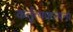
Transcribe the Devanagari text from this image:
कर्तृत्वकल्पना